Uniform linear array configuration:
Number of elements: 4
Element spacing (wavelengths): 0.5
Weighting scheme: hamming
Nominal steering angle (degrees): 15
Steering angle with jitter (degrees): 14.818
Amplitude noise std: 0.05
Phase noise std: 0.05

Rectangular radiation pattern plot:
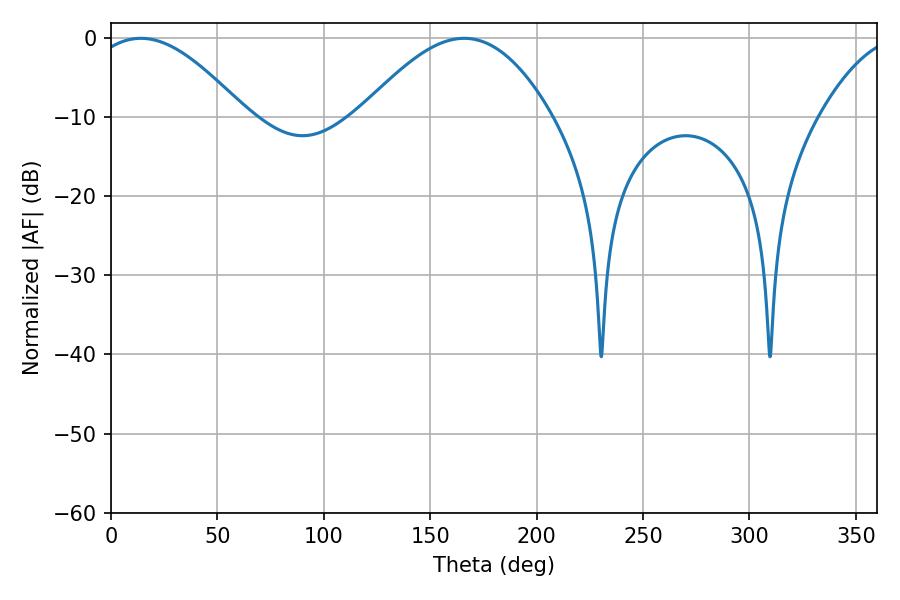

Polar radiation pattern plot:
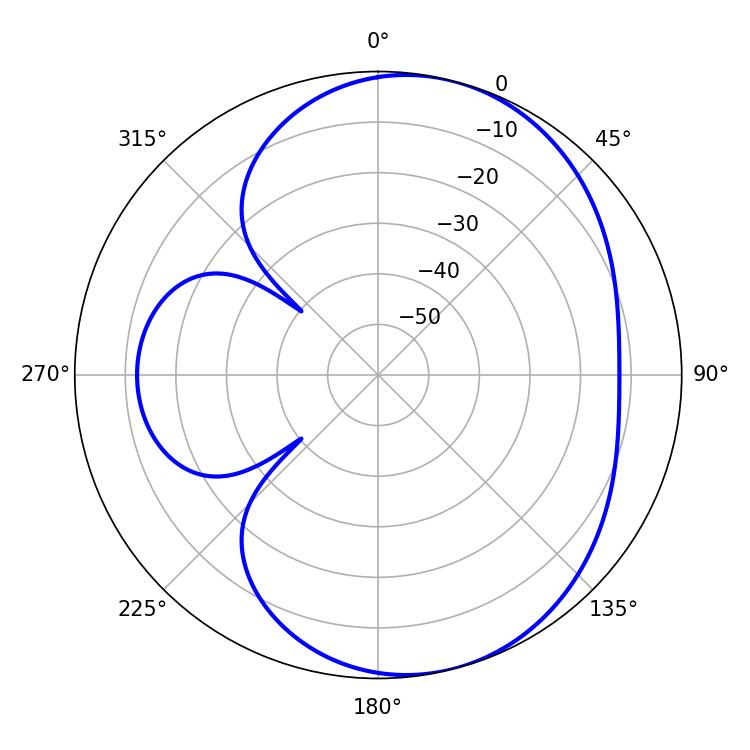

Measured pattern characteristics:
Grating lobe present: FALSE
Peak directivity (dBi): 6.056
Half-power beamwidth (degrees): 39.6
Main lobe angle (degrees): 14.04